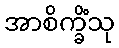
အာစိက္ခိံသု